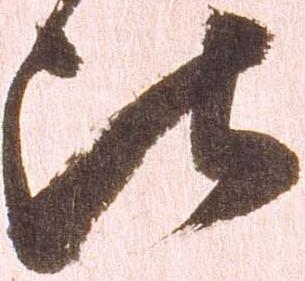
比